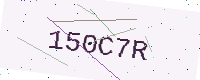
Text: 150C7R